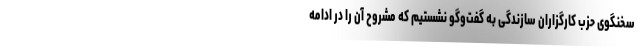
سخنگوی حزب کارگزاران سازندگی به گفت‌وگو نشستیم که مشروح آن را در ادامه